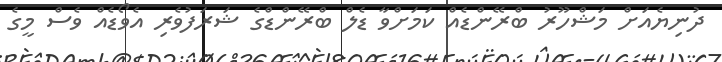
ދުނިޔެއަށް މަޝްހޫރު ބްރޭންޑެއް ކަމަށްވާ ޑެލް ބްރޭންޑްގެ ޝަރަފުވެރި އެވޯޑެއް ވެސް މީގެ